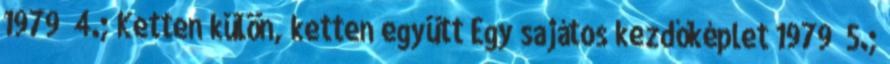
1979 4.; Ketten külön, ketten együtt Egy sajátos kezdőképlet 1979 5.;